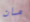
مان